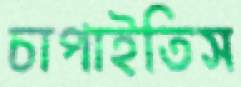
চাপাইতিস